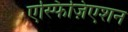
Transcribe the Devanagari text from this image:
एस्फिज़िएशन